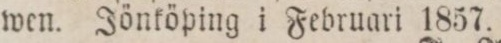
wen. Jönköping i Februari 1857.